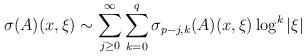
LaTeX: \begin{align*}\sigma(A)(x, \xi) \sim \sum_{j \ge 0}^\infty \sum_{k = 0}^q \sigma_{p-j, k} (A)(x, \xi) \log^k |\xi|\end{align*}